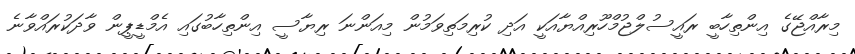
މިރާއްޖޭގެ އިންތިހާބީ ރައީސުލްޖުމްހޫރިއްޔާއަކީ އަދި ކުރިމަތިވަމުން މިއަންނަ ރިޔާސީ އިންތިހާބުގައި އެމްޑީޕީން ވާދަކުރައްވާނެ